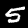
Digit: 5